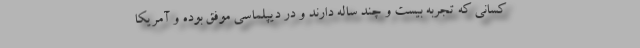
کسانی که تجربه بیست و چند ساله دارند و در دیپلماسی موفق بوده و آمریکا